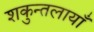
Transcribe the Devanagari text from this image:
शकुन्तलायाँ